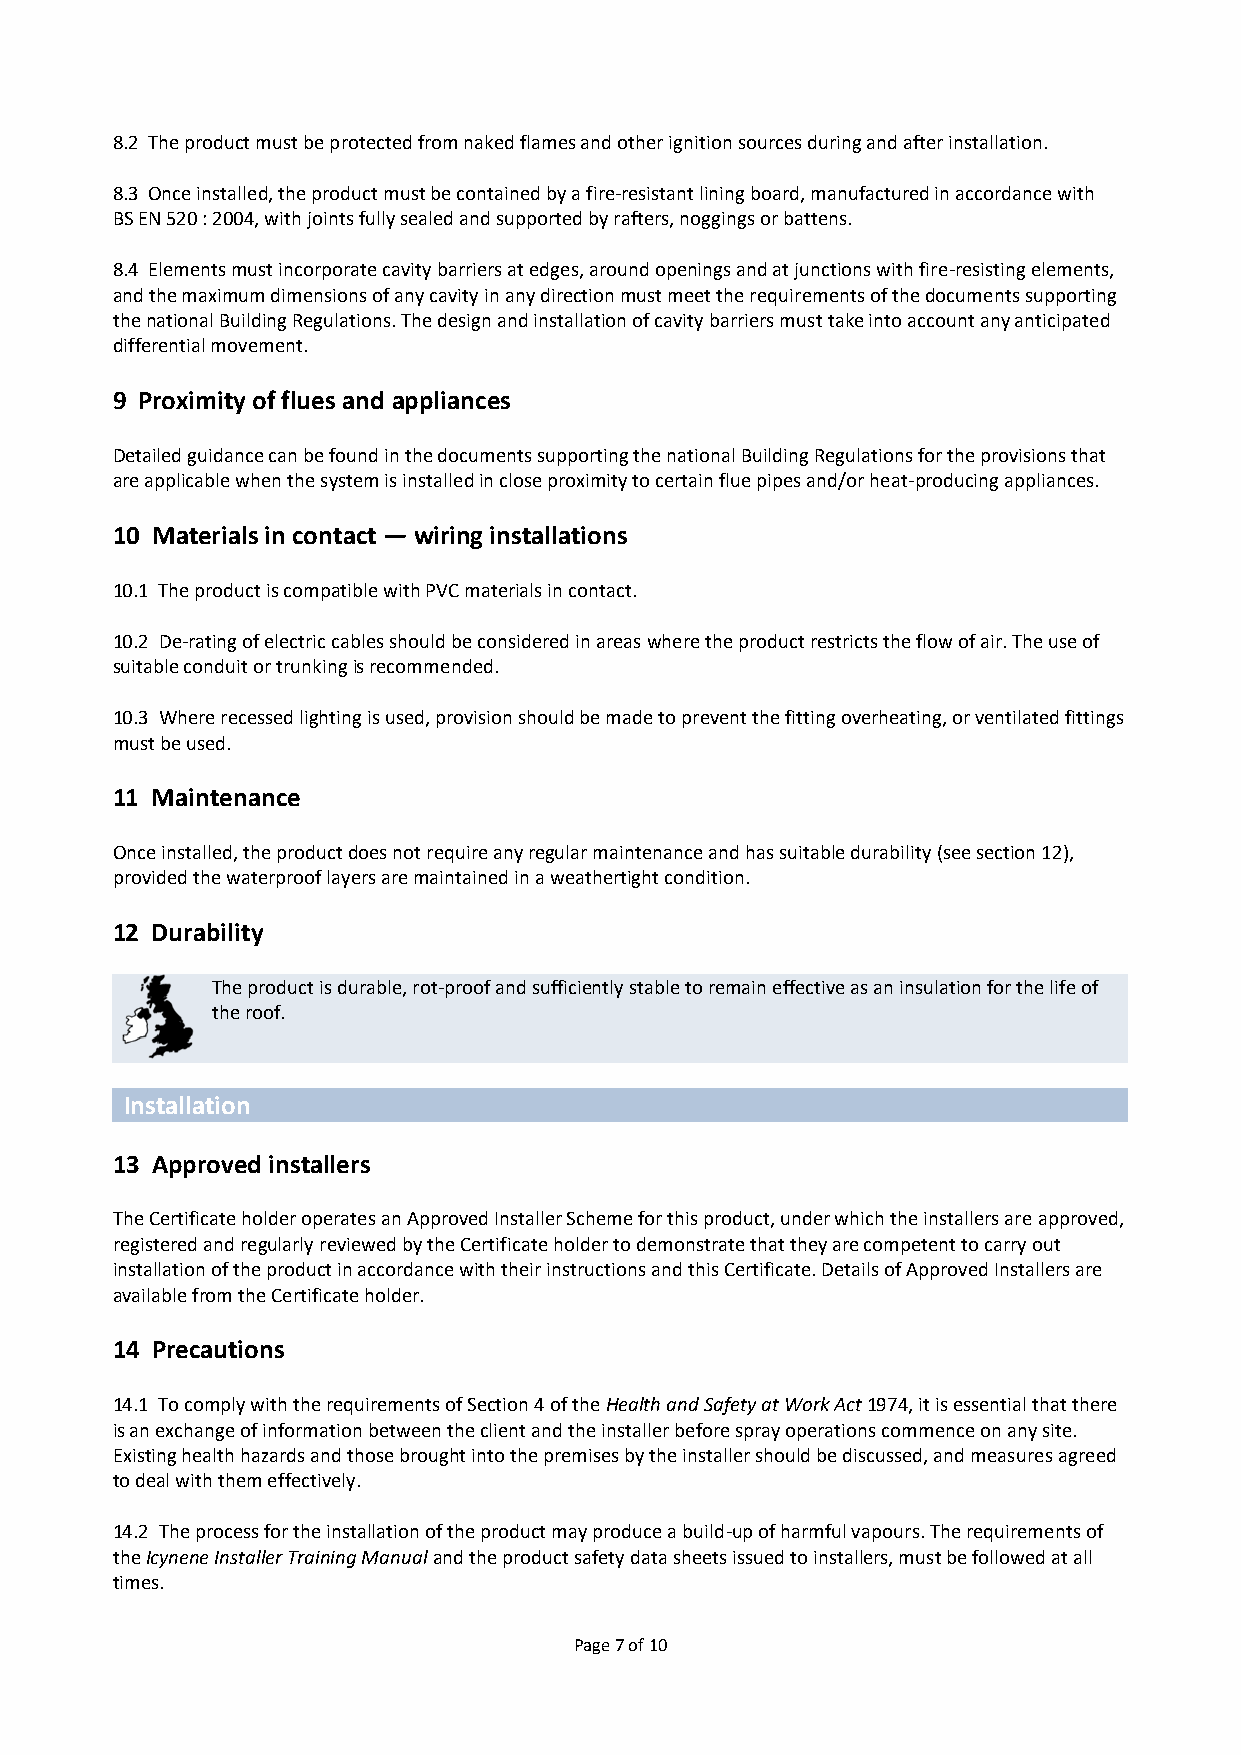
8.2 The product must be protected from naked flames and other ignition sources during and after installation.
 8.3 Once installed, the product must be contained by a fire-resistant lining board, manufactured in accordance with
 BS EN 520 : 2004, with joints fully sealed and supported by rafters, noggings or battens.
 8.4 Elements must incorporate cavity barriers at edges, around openings and at junctions with fire-resisting elements,
 and the maximum dimensions of any cavity in any direction must meet the requirements of the documents supporting
 the national Building Regulations. The design and installation of cavity barriers must take into account any anticipated
 differential movement.
 9 Proximity of flues and appliances
 Detailed guidance can be found in the documents supporting the national Building Regulations for the provisions that
 are applicable when the system is installed in close proximity to certain flue pipes and/or heat-producing appliances.
 10 Materials in contact — wiring installations
 10.1 The product is compatible with PVC materials in contact.
 10.2 De-rating of electric cables should be considered in areas where the product restricts the flow of air. The use of
 suitable conduit or trunking is recommended.
 10.3 Where recessed lighting is used, provision should be made to prevent the fitting overheating, or ventilated fittings
 must be used.
 11 Maintenance
 Once installed, the product does not require any regular maintenance and has suitable durability (see section 12),
 provided the waterproof layers are maintained in a weathertight condition.
 12 Durability
 The product is durable, rot-proof and sufficiently stable to remain effective as an insulation for the life of
 the roof.
 Installation
 13 Approved installers
 The Certificate holder operates an Approved Installer Scheme for this product, under which the installers are approved,
 registered and regularly reviewed by the Certificate holder to demonstrate that they are competent to carry out
 installation of the product in accordance with their instructions and this Certificate. Details of Approved Installers are
 available from the Certificate holder.
 14 Precautions
 14.1 To comply with the requirements of Section 4 of the Health and Safety at Work Act 1974, it is essential that there
 is an exchange of information between the client and the installer before spray operations commence on any site.
 Existing health hazards and those brought into the premises by the installer should be discussed, and measures agreed
 to deal with them effectively.
 14.2 The process for the installation of the product may produce a build-up of harmful vapours. The requirements of
 the Icynene Installer Training Manual and the product safety data sheets issued to installers, must be followed at all
 times.
 Page 7 of 10